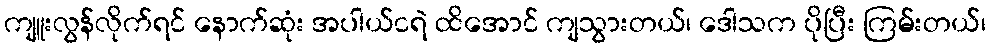
ကျူးလွန်လိုက်ရင် နောက်ဆုံး အပါယ်ငရဲ ထိအောင် ကျသွားတယ်၊ ဒေါသက ပိုပြီး ကြမ်းတယ်၊